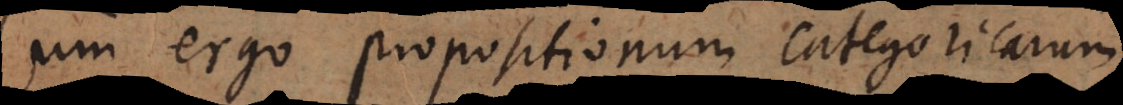
um ergo propositionum categoricarum